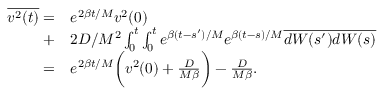
\begin{array} { r l } { \overline { { v ^ { 2 } ( t ) } } = } & { e ^ { 2 \beta t / M } v ^ { 2 } ( 0 ) } \\ { + } & { 2 D / M ^ { 2 } \int _ { 0 } ^ { t } \int _ { 0 } ^ { t } e ^ { \beta ( t - s ^ { \prime } ) / M } e ^ { \beta ( t - s ) / M } \overline { { d W ( s ^ { \prime } ) d W ( s ) } } } \\ { = } & { e ^ { 2 \beta t / M } \bigg ( v ^ { 2 } ( 0 ) + \frac { D } { M \beta } \bigg ) - \frac { D } { M \beta } . } \end{array}